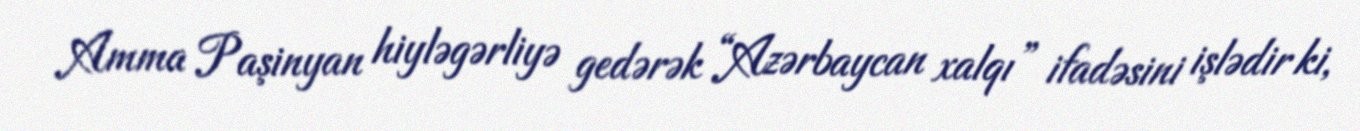
Amma Paşinyan hiyləgərliyə gedərək “Azərbaycan xalqı” ifadəsini işlədir ki,